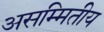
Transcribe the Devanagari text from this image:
असम्मितीय